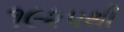
૧૯૨૫થી